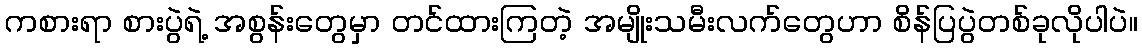
ကစားရာ စားပွဲရဲ့ အစွန်းတွေမှာ တင်ထားကြတဲ့ အမျိုးသမီးလက်တွေဟာ စိန်ပြပွဲတစ်ခုလိုပါပဲ။